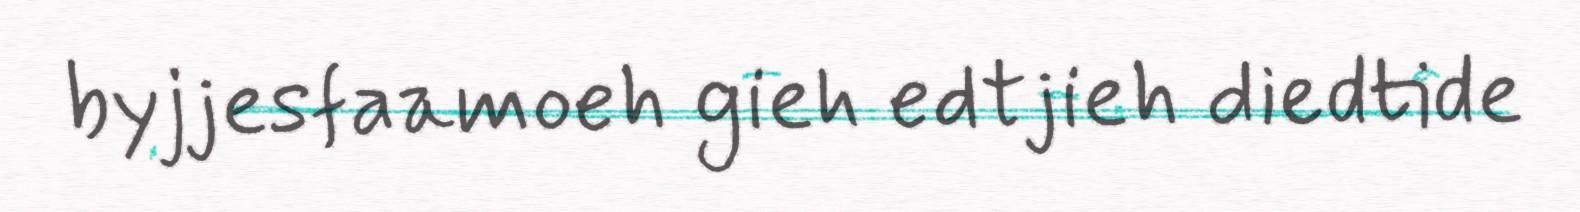
byjjesfaamoeh gieh edtjieh diedtide